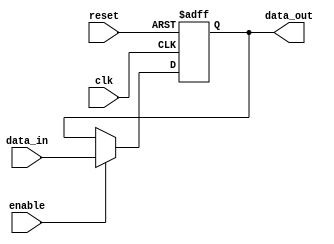
module buffer_delay(
    input wire clk,
    input wire reset,
    input wire enable,
    input wire [7:0] data_in,
    output reg [7:0] data_out
);

reg [7:0] buffer_delayed_data;

always @(posedge clk or posedge reset) begin
    if (reset) begin
        buffer_delayed_data <= 8'b00000000;
    end else if (enable) begin
        buffer_delayed_data <= data_in;
    end
end

assign data_out = buffer_delayed_data;

endmodule